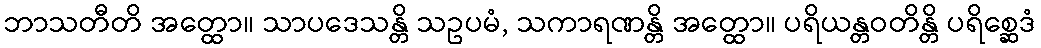
ဘာသတီတိ အတ္ထော။ သာပဒေသန္တိ သဥပမံ, သကာရဏန္တိ အတ္ထော။ ပရိယန္တဝတိန္တိ ပရိစ္ဆေဒံ